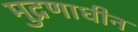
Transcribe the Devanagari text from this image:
मुद्रणाधीन